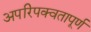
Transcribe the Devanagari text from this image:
अपरिपक्वतापूर्ण